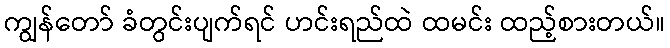
ကျွန်တော် ခံတွင်းပျက်ရင် ဟင်းရည်ထဲ ထမင်း ထည့်စားတယ်။